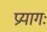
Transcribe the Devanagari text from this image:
प्रयागः